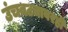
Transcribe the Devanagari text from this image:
उंचवट्यावरही